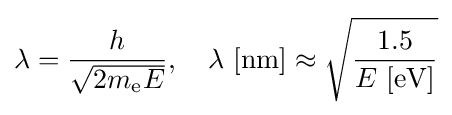
\lambda ={\frac {h}{\sqrt {2m_{\text{e}}E}}},\quad \lambda {\text{ [nm]}}\approx {\sqrt {\frac {1.5}{E{\text{ [eV]}}}}}